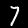
Digit: 7